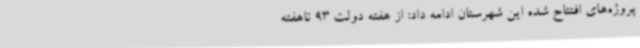
پروژه‌های افتتاح شده این شهرستان ادامه داد: از هفته دولت 93 تاهفته